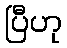
ပြီဟု